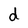
Character: d